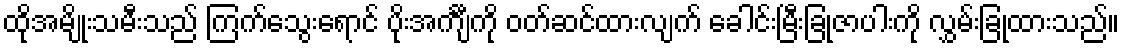
ထိုအမျိုးသမီးသည် ကြက်သွေးရောင် ပိုးအင်္ကျီကို ဝတ်ဆင်ထားလျက် ခေါင်းမြီးခြုံဇာပါးကို လွှမ်းခြုံထားသည်။